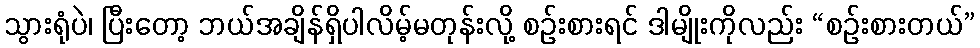
သွားရုံပဲ၊ ပြီးတော့ ဘယ်အချိန်ရှိပါလိမ့်မတုန်းလို့ စဉ်းစားရင် ဒါမျိုးကိုလည်း “စဉ်းစားတယ်”